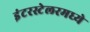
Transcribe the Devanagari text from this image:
इंटरस्टेलरमध्ये